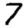
Digit: 7